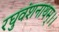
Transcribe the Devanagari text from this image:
रघुवंशनाथम्।।